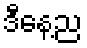
ဒီနေ့ည